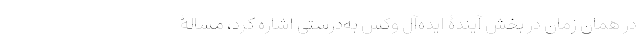
در همان زمان در بخش آیندۀ ایده‌آلِ وُکس به‌درستی اشاره کرد، مسالۀ